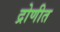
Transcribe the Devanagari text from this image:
द्रोणीत